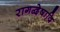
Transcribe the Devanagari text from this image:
रागद्वेषादि